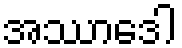
အဿာဒေါ